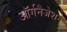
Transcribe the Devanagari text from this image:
ऑर्गनैजेशन